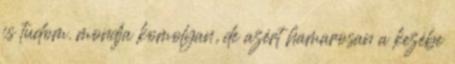
is tudom. mondja komolyan, de azért hamarosan a kezébe